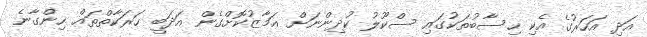
އަދި އަހަރުގެ އެކި ހިސާބުތަކުގައި ސްކޫލު ކުދިންނަށް އަމާޒުކޮށްގެން އަދަބީ ހަރަކާތްތައް ހިންގާނެ